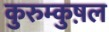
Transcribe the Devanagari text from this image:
कुरुम्कुष़ल